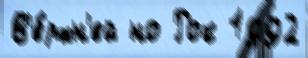
В'е́рхн'ей но Рок 1992